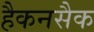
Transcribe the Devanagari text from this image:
हैकनसैक